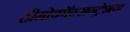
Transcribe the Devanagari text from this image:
हीमोकॉन्सन्ट्रेशन